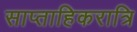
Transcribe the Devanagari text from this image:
साप्ताहिकरात्रि